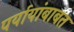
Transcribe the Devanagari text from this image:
पर्यायांबाबत